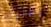
ستحاولين